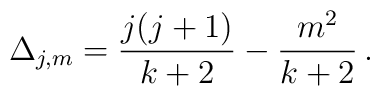
\Delta_{j,m}=\frac{j(j+1)}{k+2}-\frac{m^2}{k+2}\, .